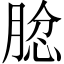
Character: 𦝅